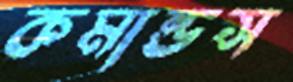
কমান্ডস